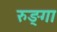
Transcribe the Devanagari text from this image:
रुङ्गा